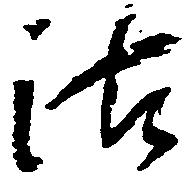
沽